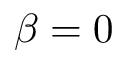
\beta = 0